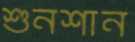
শুনশান